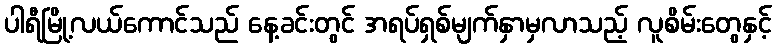
ပါရီမြို့လယ်ကောင်သည် နေ့ခင်းတွင် အရပ်ရှစ်မျက်နှာမှလာသည့် လူစိမ်းတွေနှင့်